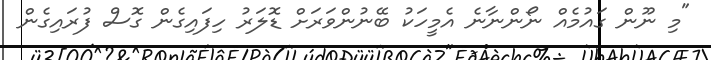
"މި ނޫން ގައުމެއް ނޯންނާނެ އެމީހަކު ބޭނުންވަރަށް ޑޮލަރު ހިފައިގެން ގޮސް ފުރައިގެން